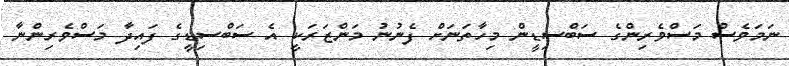
ނަމަވެސް މަސްވެރިންގެ ސަބްސިޑީން މިހާތަނަށް ފެނުނު މަންޒަރަކީ އެ ސަބްސިޑީގެ ފައިދާ މަސްވެރިންނާ